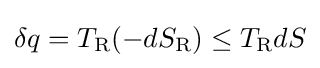
\delta q=T_{\text{R}}(-dS_{\text{R}})\leq T_{\text{R}}dS